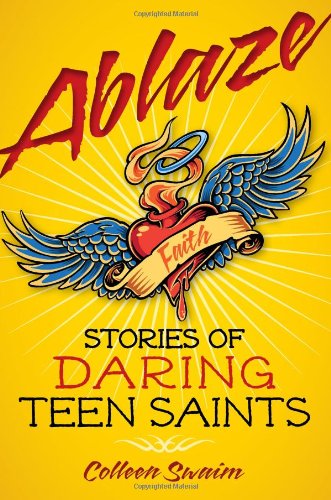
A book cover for Ablaze: Stories of Daring Teen Saints; Colleen Swaim; Christian Books & Bibles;